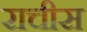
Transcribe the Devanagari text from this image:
राचीस